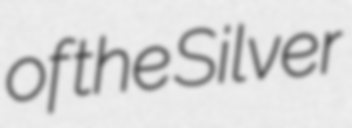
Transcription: of the Silver